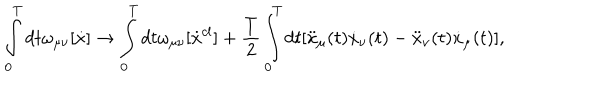
\int _ { 0 } ^ { T } { d t } \omega _ { \mu \nu } [ \dot { x } ] \to \int _ { 0 } ^ { T } { d t \omega _ { \mu \nu } } [ \dot { x } ^ { c l } ] + \frac { T } { 2 } \int _ { 0 } ^ { T } { d t [ \ddot { x } _ { \mu } } ( t ) \dot { x } _ { \nu } ( t ) - \ddot { x } _ { \nu } ( t ) \dot { x } _ { \mu } ( t ) ] ,